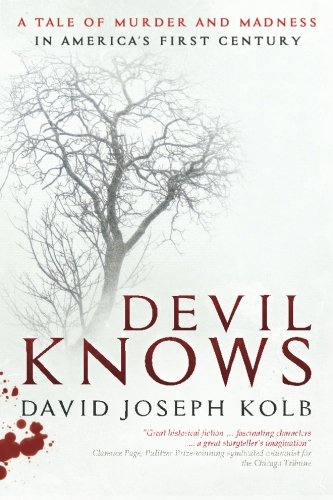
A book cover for Devil Knows: A Tale of Murder and Madness in America's First Century; David Joseph Kolb; Literature & Fiction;